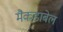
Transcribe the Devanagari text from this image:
मैकडाबेल